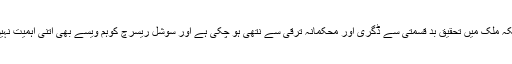
یہ سوالات بذاتِ خود تحقیق طلب ہیں لیکن چونکہ ملک میں تحقیق بد قسمتی سے ڈگری اور محکمانہ ترقی سے نتھی ہو چکی ہے اور سوشل ریسرچ کوہم ویسے بھی اتنی اہمیت نہیںدیتے لہذا پیوستہ رہ شجر سے امیدِ بہار رکھ۔